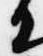
日